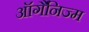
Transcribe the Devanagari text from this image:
ऑर्गैनिज्म